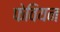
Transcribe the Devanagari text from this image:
फेवियन